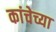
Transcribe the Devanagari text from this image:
कांचेच्या